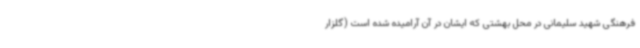
فرهنگی شهید سلیمانی در محل بهشتی که ایشان در آن آرامیده شده است (گلزار